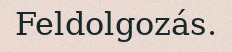
Feldolgozás.